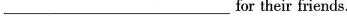
___for their friends.